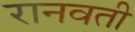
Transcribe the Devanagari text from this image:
रानवती